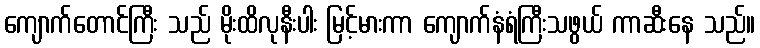
ကျောက်တောင်ကြီး သည် မိုးထိလုနီးပါး မြင့်မားကာ ကျောက်နံရံကြီးသဖွယ် ကာဆီးနေ သည်။